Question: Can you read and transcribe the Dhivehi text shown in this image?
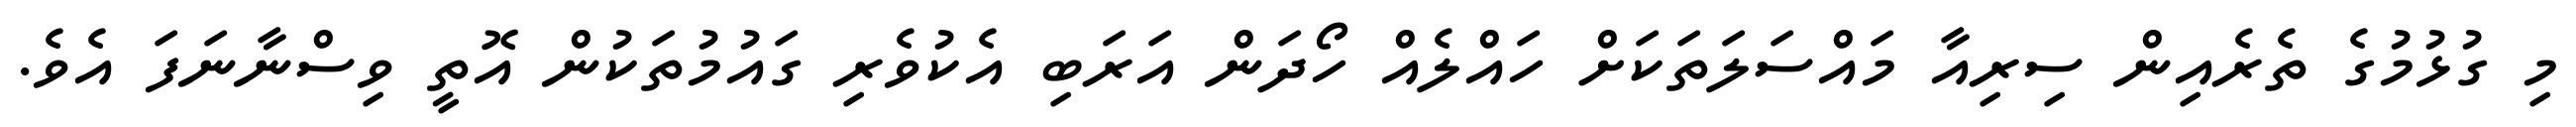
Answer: މި ގުޅުމުގެ ތެރެއިން ސިރިއާ މައްސަލަތަކަށް ހައްލެއް ހޯދަން އަރަބި އެކުވެރި ގައުމުތަކުން އޮތީ ވިސްނާނަފަ އެވެ.